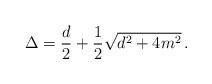
LaTeX: \begin{align*}\Delta=\frac{d}{2}+\frac{1}{2}\sqrt{d^2+4m^2} \, .\end{align*}